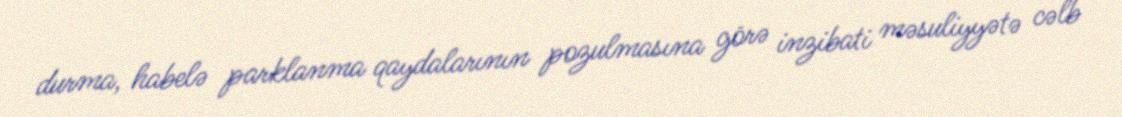
durma, habelə parklanma qaydalarının pozulmasına görə inzibati məsuliyyətə cəlb